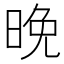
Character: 晚